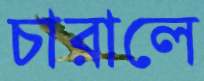
চারালে